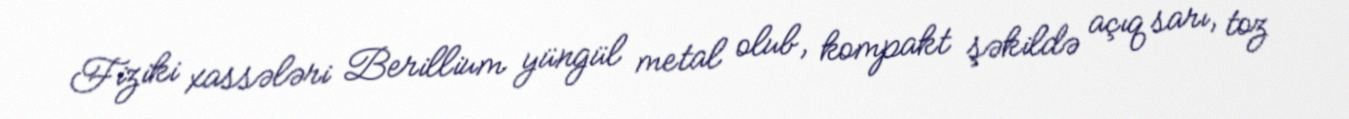
Fiziki xassələri Berillium yüngül metal olub, kompakt şəkildə açıq sarı, toz